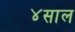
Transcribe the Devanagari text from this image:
४साल